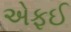
એફઈ